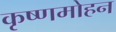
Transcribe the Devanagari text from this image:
कृष्णमोहन